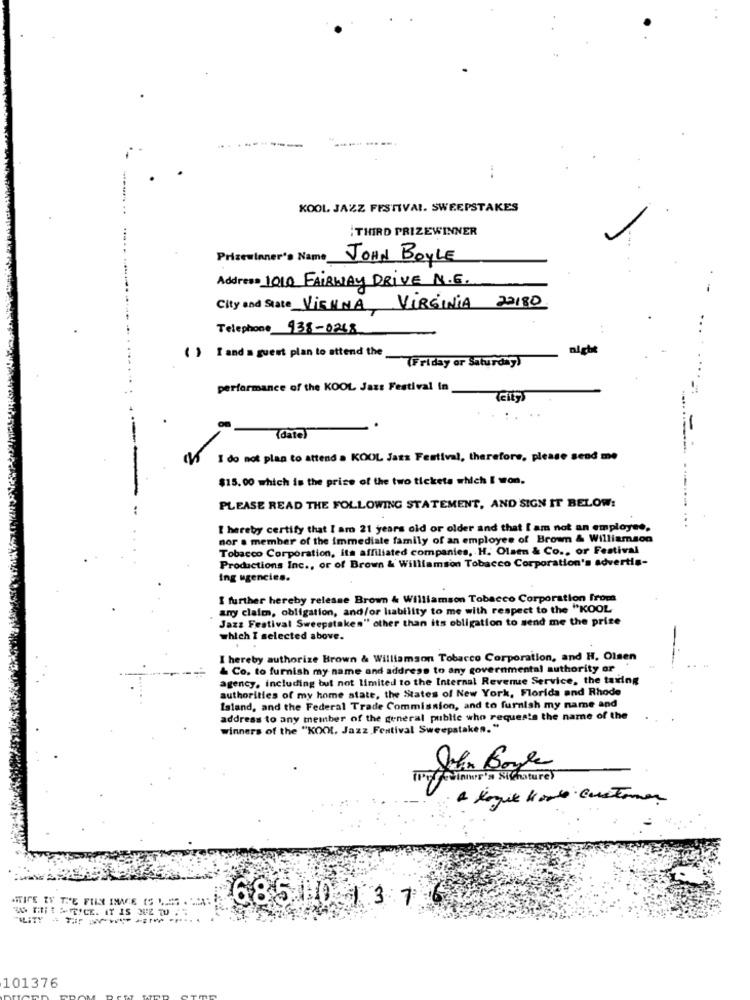
........
--
KOOL JAZZ FESTIVAL. SWEEPSTAKES
: THIRD PRIZEWINNER
Prizesianer's Name JOHN BoyLE
Address 1010 FAIRWAY DRIVE N.E.
City and State VIENNA, VIRGINIA 20180
Telephone 938-0248
( ) I and a guest plan to attend the
night
(Friday or Saturday)
performance of the KOOL Jazz Festival in
.
(datel
I do not plan to attend a KOOL Jats Festival, therefore, please send me
$15.00 which is the price of the two tickets which I won.
PLEASE READ THE FOLLOWING STATEMENT, AND SIGN IT BELOW:
I hereby certify that I am 21 years old or older and that I am not an employee,
...
nor . member of the immediate family of an employee of Brown & Williamson
Tobacco Corporation, ita affiliated companies, H. Olsen & Co ., or Festival
Productions Inc ., or of Brown & Williamson Tobacco Corporation's advertis-
Ing ugencies.
I further hereby release Brown & Williamson Tobacco Corporation from
any claim, obligation, and/or liability to me with respect to the "KOOL
Jazz Festival Sweepstakes" other than its obligation to send me the prize
which I selected above.
I hereby authorize Brown & Williamson Tobacco Corporation, and H. Olsen
& Co. to furnish my name and address to any governmental authority or
agency, including but not limited to the Internal Revenue Service, the taxing
authorities of my home state, the States of New York, Florida and Rhode
Island, and the Federal Trade Commission, and to furnish my name and
address to any member of the general public who requests the name of the
winners of the "KOOL, Jazz Festival Sweepstakes."
Jelen Boyle
ATICE TY THE FUN INCE CS 1 .
685 0 1 3 1
ET -T ----
101376